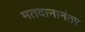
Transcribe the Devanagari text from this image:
मतदानानंतर